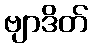
ဗျာဒိတ်